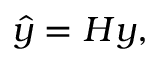
{ \hat { y } } = H y ,